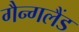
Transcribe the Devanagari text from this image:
गैन्गलैंड